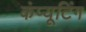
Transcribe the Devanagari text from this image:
कंप्‍यूटिंग